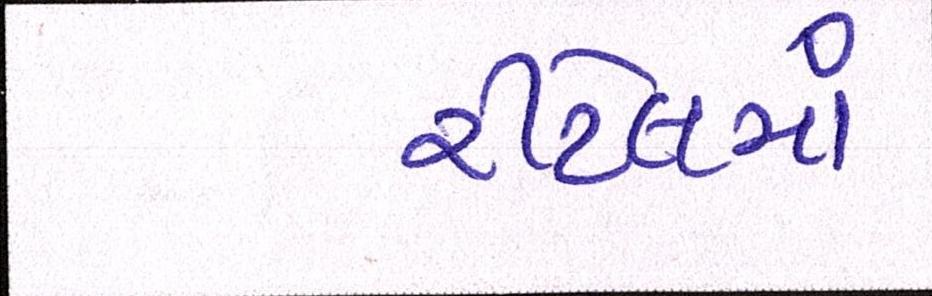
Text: રીટેલમાં